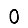
Digit: 0